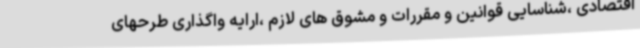
اقتصادی ،شناسایی قوانین و مقررات و مشوق های لازم ،ارایه واگذاری طرحهای